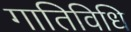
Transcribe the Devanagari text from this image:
गातिविधि